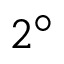
2 ^ { \circ }